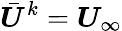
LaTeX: \bar{\boldsymbol{U}}^{k}=\boldsymbol{U}_{\infty}